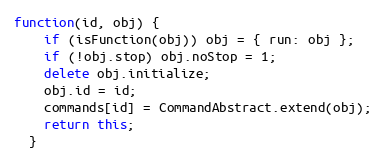
Language: JavaScript
function(id, obj) {
    if (isFunction(obj)) obj = { run: obj };
    if (!obj.stop) obj.noStop = 1;
    delete obj.initialize;
    obj.id = id;
    commands[id] = CommandAbstract.extend(obj);
    return this;
  }